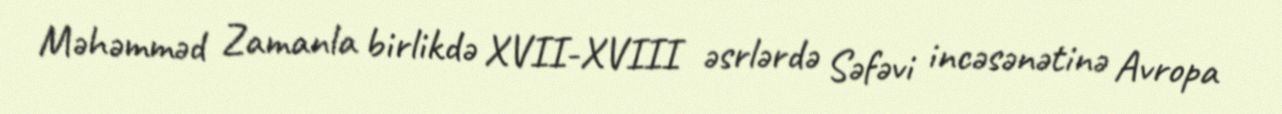
Məhəmməd Zamanla birlikdə XVII-XVIII əsrlərdə Səfəvi incəsənətinə Avropa